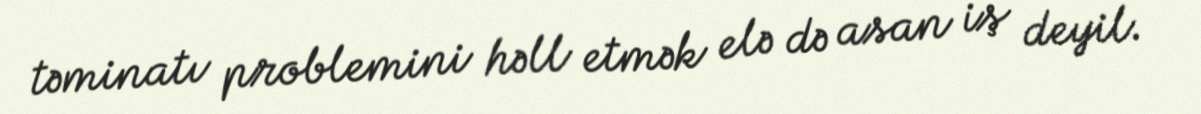
təminatı problemini həll etmək elə də asan iş deyil.